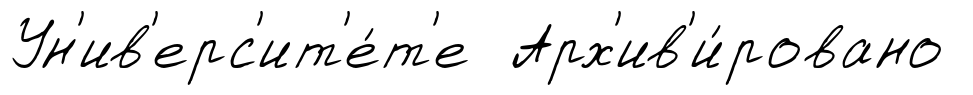
Ун'ив'ерс'ит'е́т'е Арх'ив'и́ровано